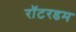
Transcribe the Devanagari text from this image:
रॉटरडम